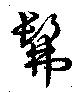
彿